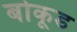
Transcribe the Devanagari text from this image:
बोकूड